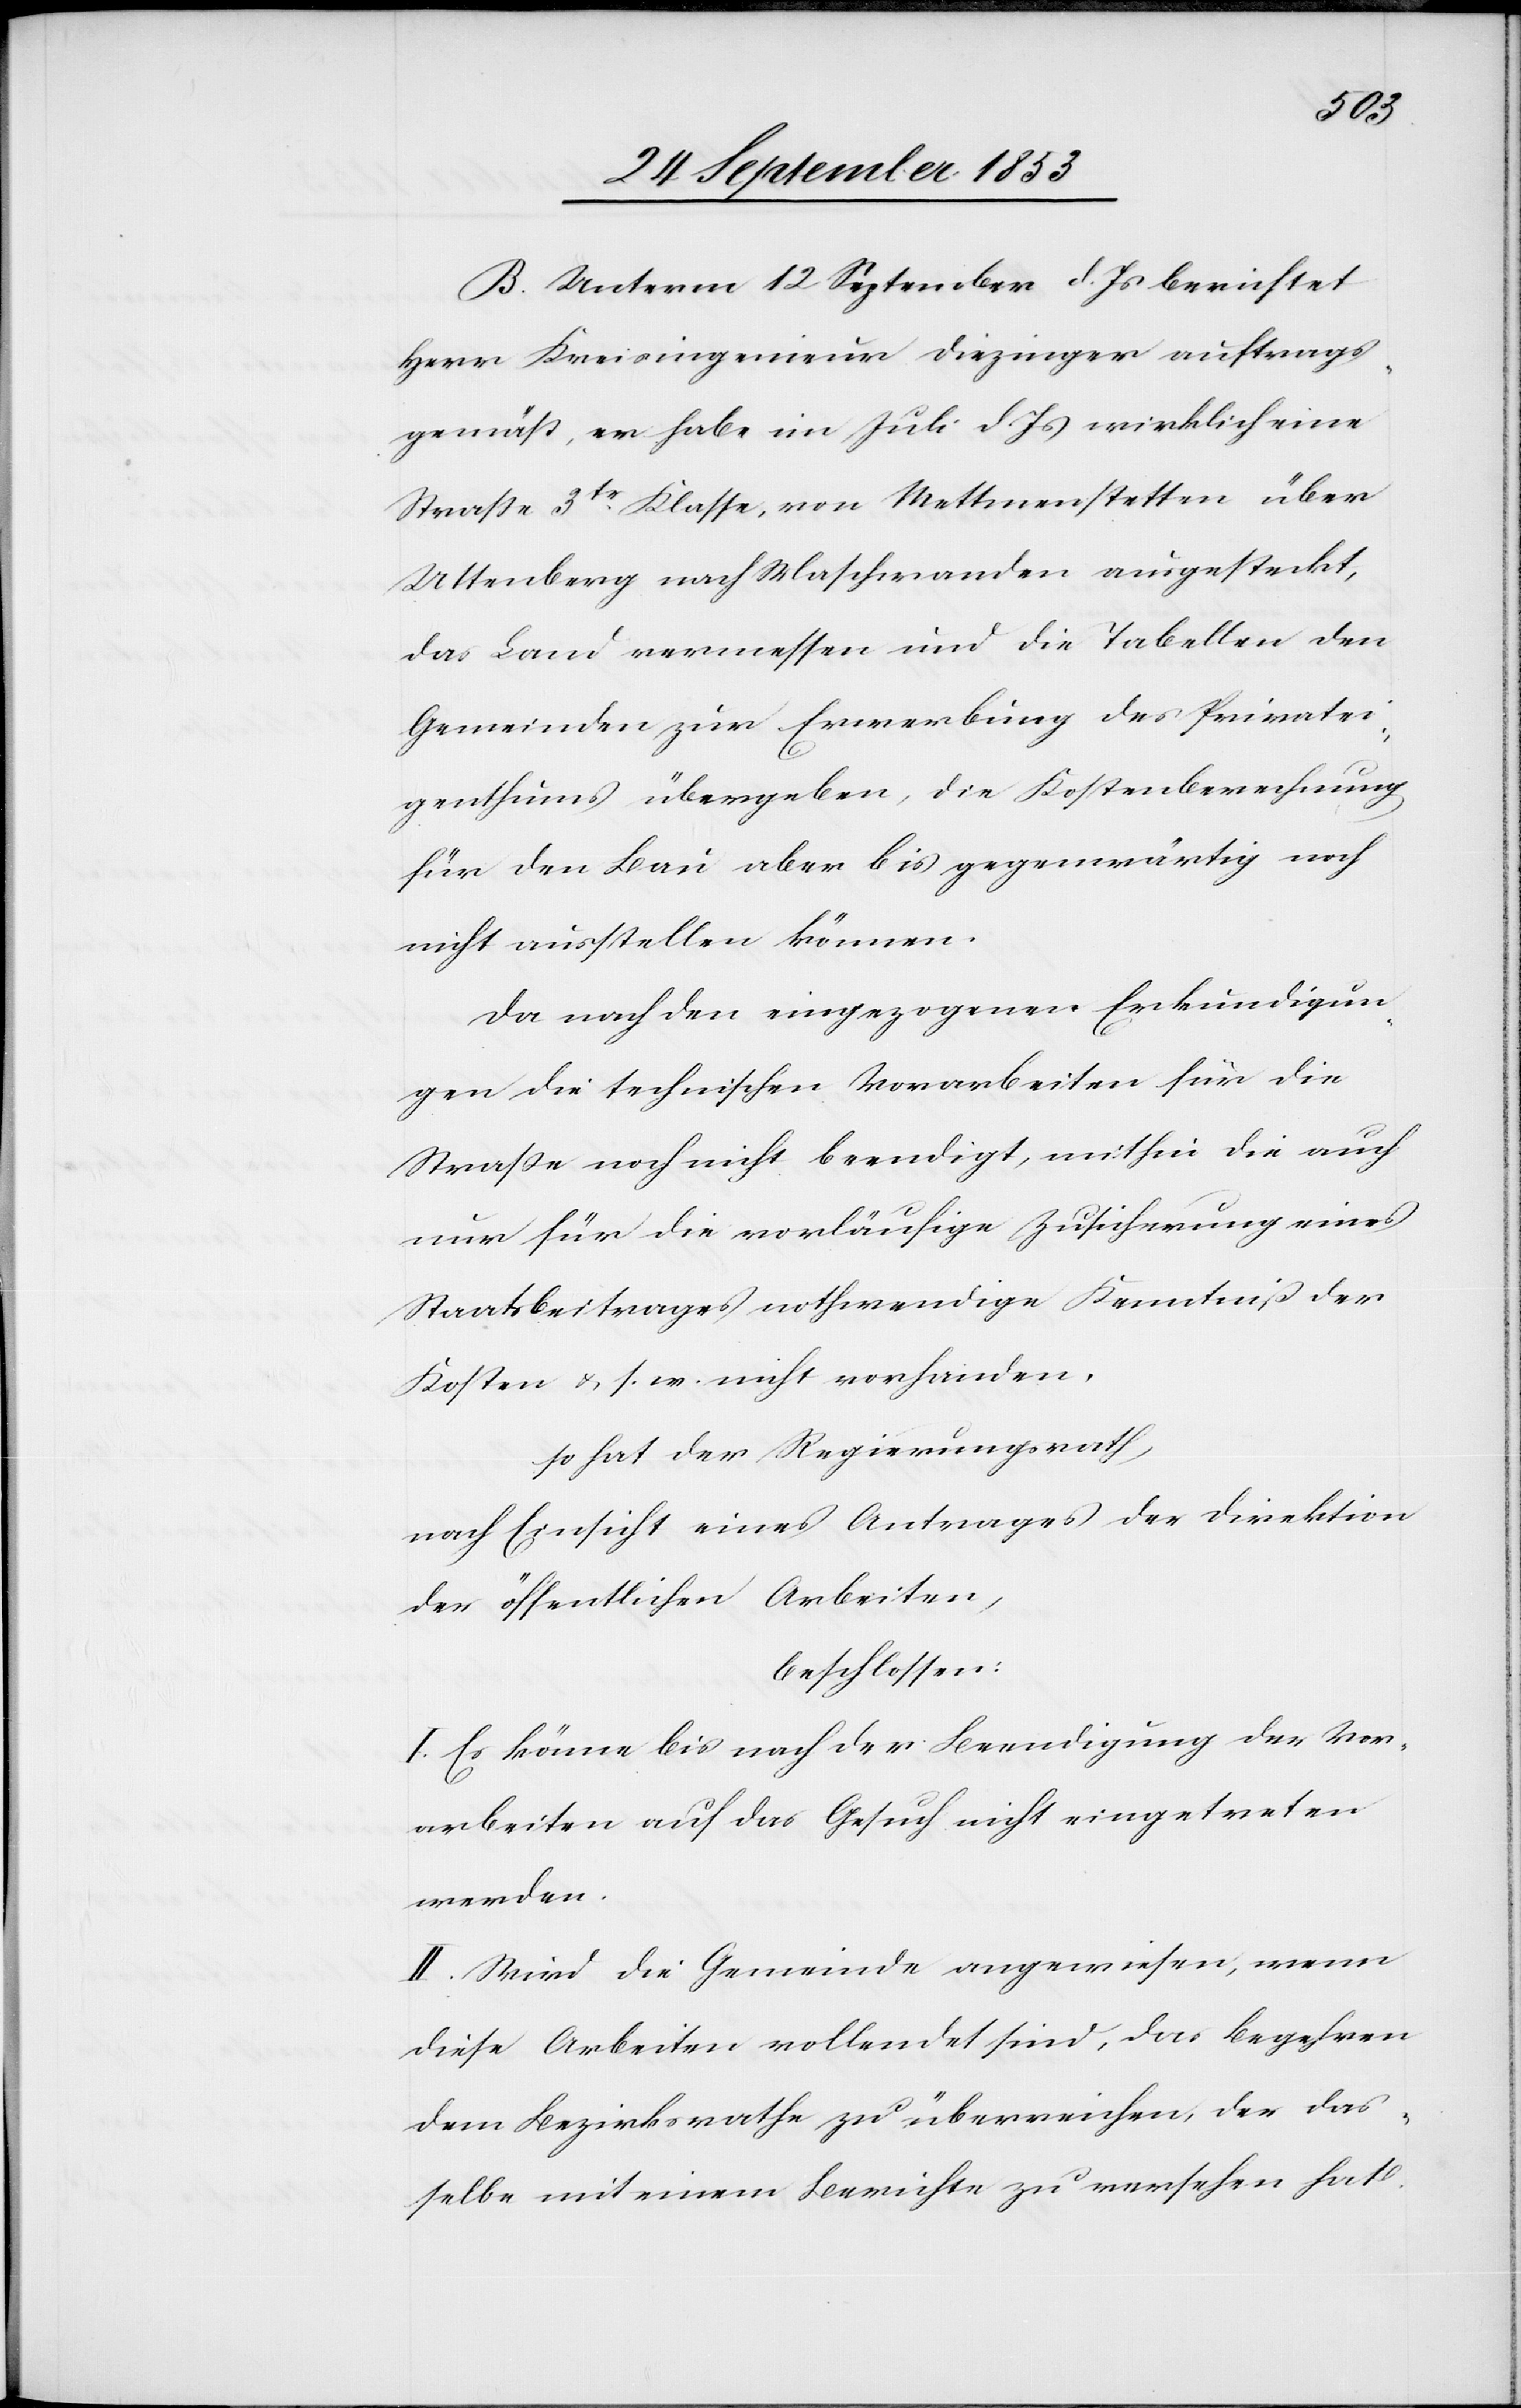
B. Unterm 12 September d. Js. berichtet
Herr Kreisingenieur Diezinger auftrags¬
gemäß, er habe im Juli d. Js. wirklich eine
Straße 3tr Klasse, von Mettmenstetten über
Uttenberg nach Maschwanden ausgesteckt,
das Land vermessen und die Tabellen den
Gemeinden zur Erwerbung des Privatei¬
genthums übergeben, die Kostenberechnung
für den Bau aber bis gegenwärtig nicht
Da nach den eingezogenen Erkundigun¬
gen die technischen Vorarbeiten für die
Straße noch nicht beendigt, mithin die auch
nur für die vorläufige Zusicherung eines
Staatsbeitrages nothwendige Kenntniß der
Kosten u. s. w. nicht vorhanden,
so hat der Regierungsrath,
nach Einsicht eines Antrages der Direktion
der öffentlichen Arbeiten,
beschlossen:
I. Es könne bis nach der Beendigung der Vor¬
arbeiten auf das Gesuch nicht eingetreten
werden.
II. Wird die Gemeinde angewiesen, wenn
diese Arbeiten vollendet sind, das Begehren
dem Bezirksrathe zu überreichen, der das¬
selbe mit einem Berichte zu versehen hat.